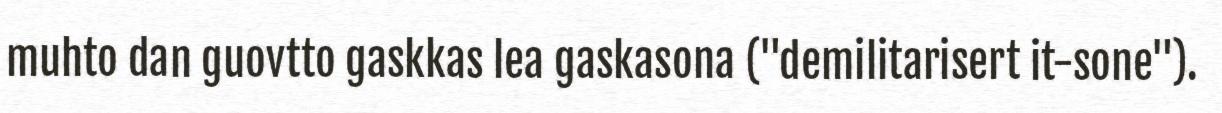
muhto dan guovtto gaskkas lea gaskasona ("demilitarisert it-sone").